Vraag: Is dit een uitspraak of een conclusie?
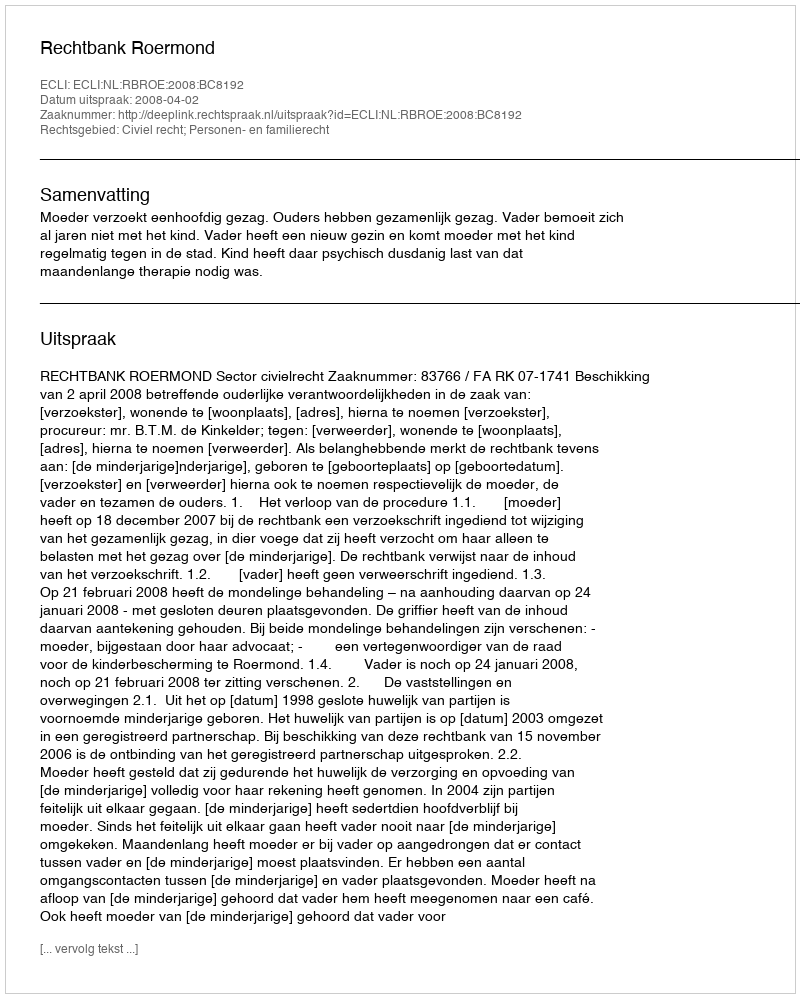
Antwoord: Uitspraak